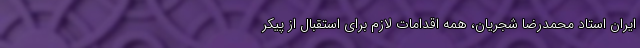
ایران استاد محمدرضا شجریان، همه اقدامات لازم برای استقبال از پیکر